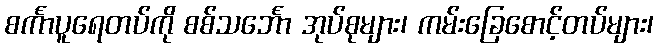
စင်္ကာပူရေတပ်ကို စစ်သင်္ဘော အုပ်စုများ၊ ကမ်းခြေစောင့်တပ်များ၊